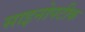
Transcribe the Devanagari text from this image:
साइनोपटीक